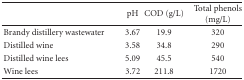
<table><thead><tr><td></td><td><b>pH</b></td><td><b>COD (g/L)</b></td><td><b>Total phenols (mg/L)</b></td></tr></thead><tbody><tr><td>Brandy distillery wastewater</td><td>3.67</td><td>19.9</td><td>320</td></tr><tr><td>Distilled wine</td><td>3.58</td><td>34.8</td><td>290</td></tr><tr><td>Distilled wine lees</td><td>5.09</td><td>45.5</td><td>540</td></tr><tr><td>Wine lees</td><td>3.72</td><td>211.8</td><td>1720</td></tr></tbody></table>